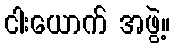
ငါးယောက် အဖွဲ့။